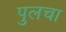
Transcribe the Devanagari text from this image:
पुलचा